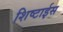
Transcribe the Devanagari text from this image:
शिष्टाईस